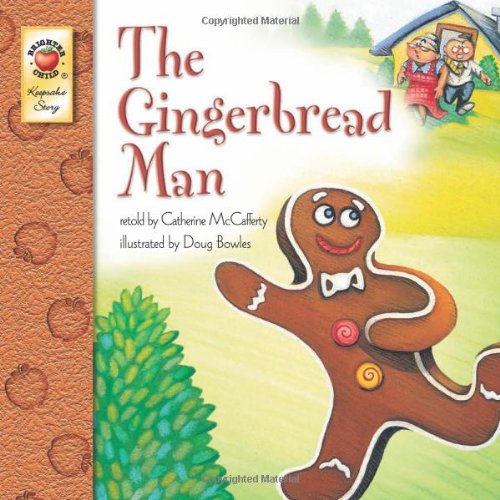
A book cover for The Gingerbread Man; Catherine McCafferty; Children's Books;